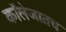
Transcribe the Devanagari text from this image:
कॉलेजातच